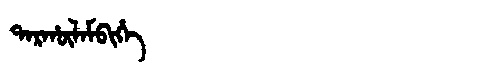
Manchu: ᡨᠠᡵᡥᡡᠯᠠᠮᠪᡳᡥᡝ
Romanization: TARHŪLAMBIHE